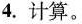
4. 计算。